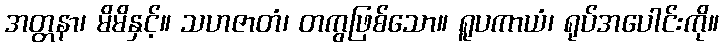
အတ္တနာ၊ မိမိနှင့်။ သဟဇာတံ၊ တကွဖြစ်သော။ ရူပကာယံ၊ ရုပ်အပေါင်းကို။